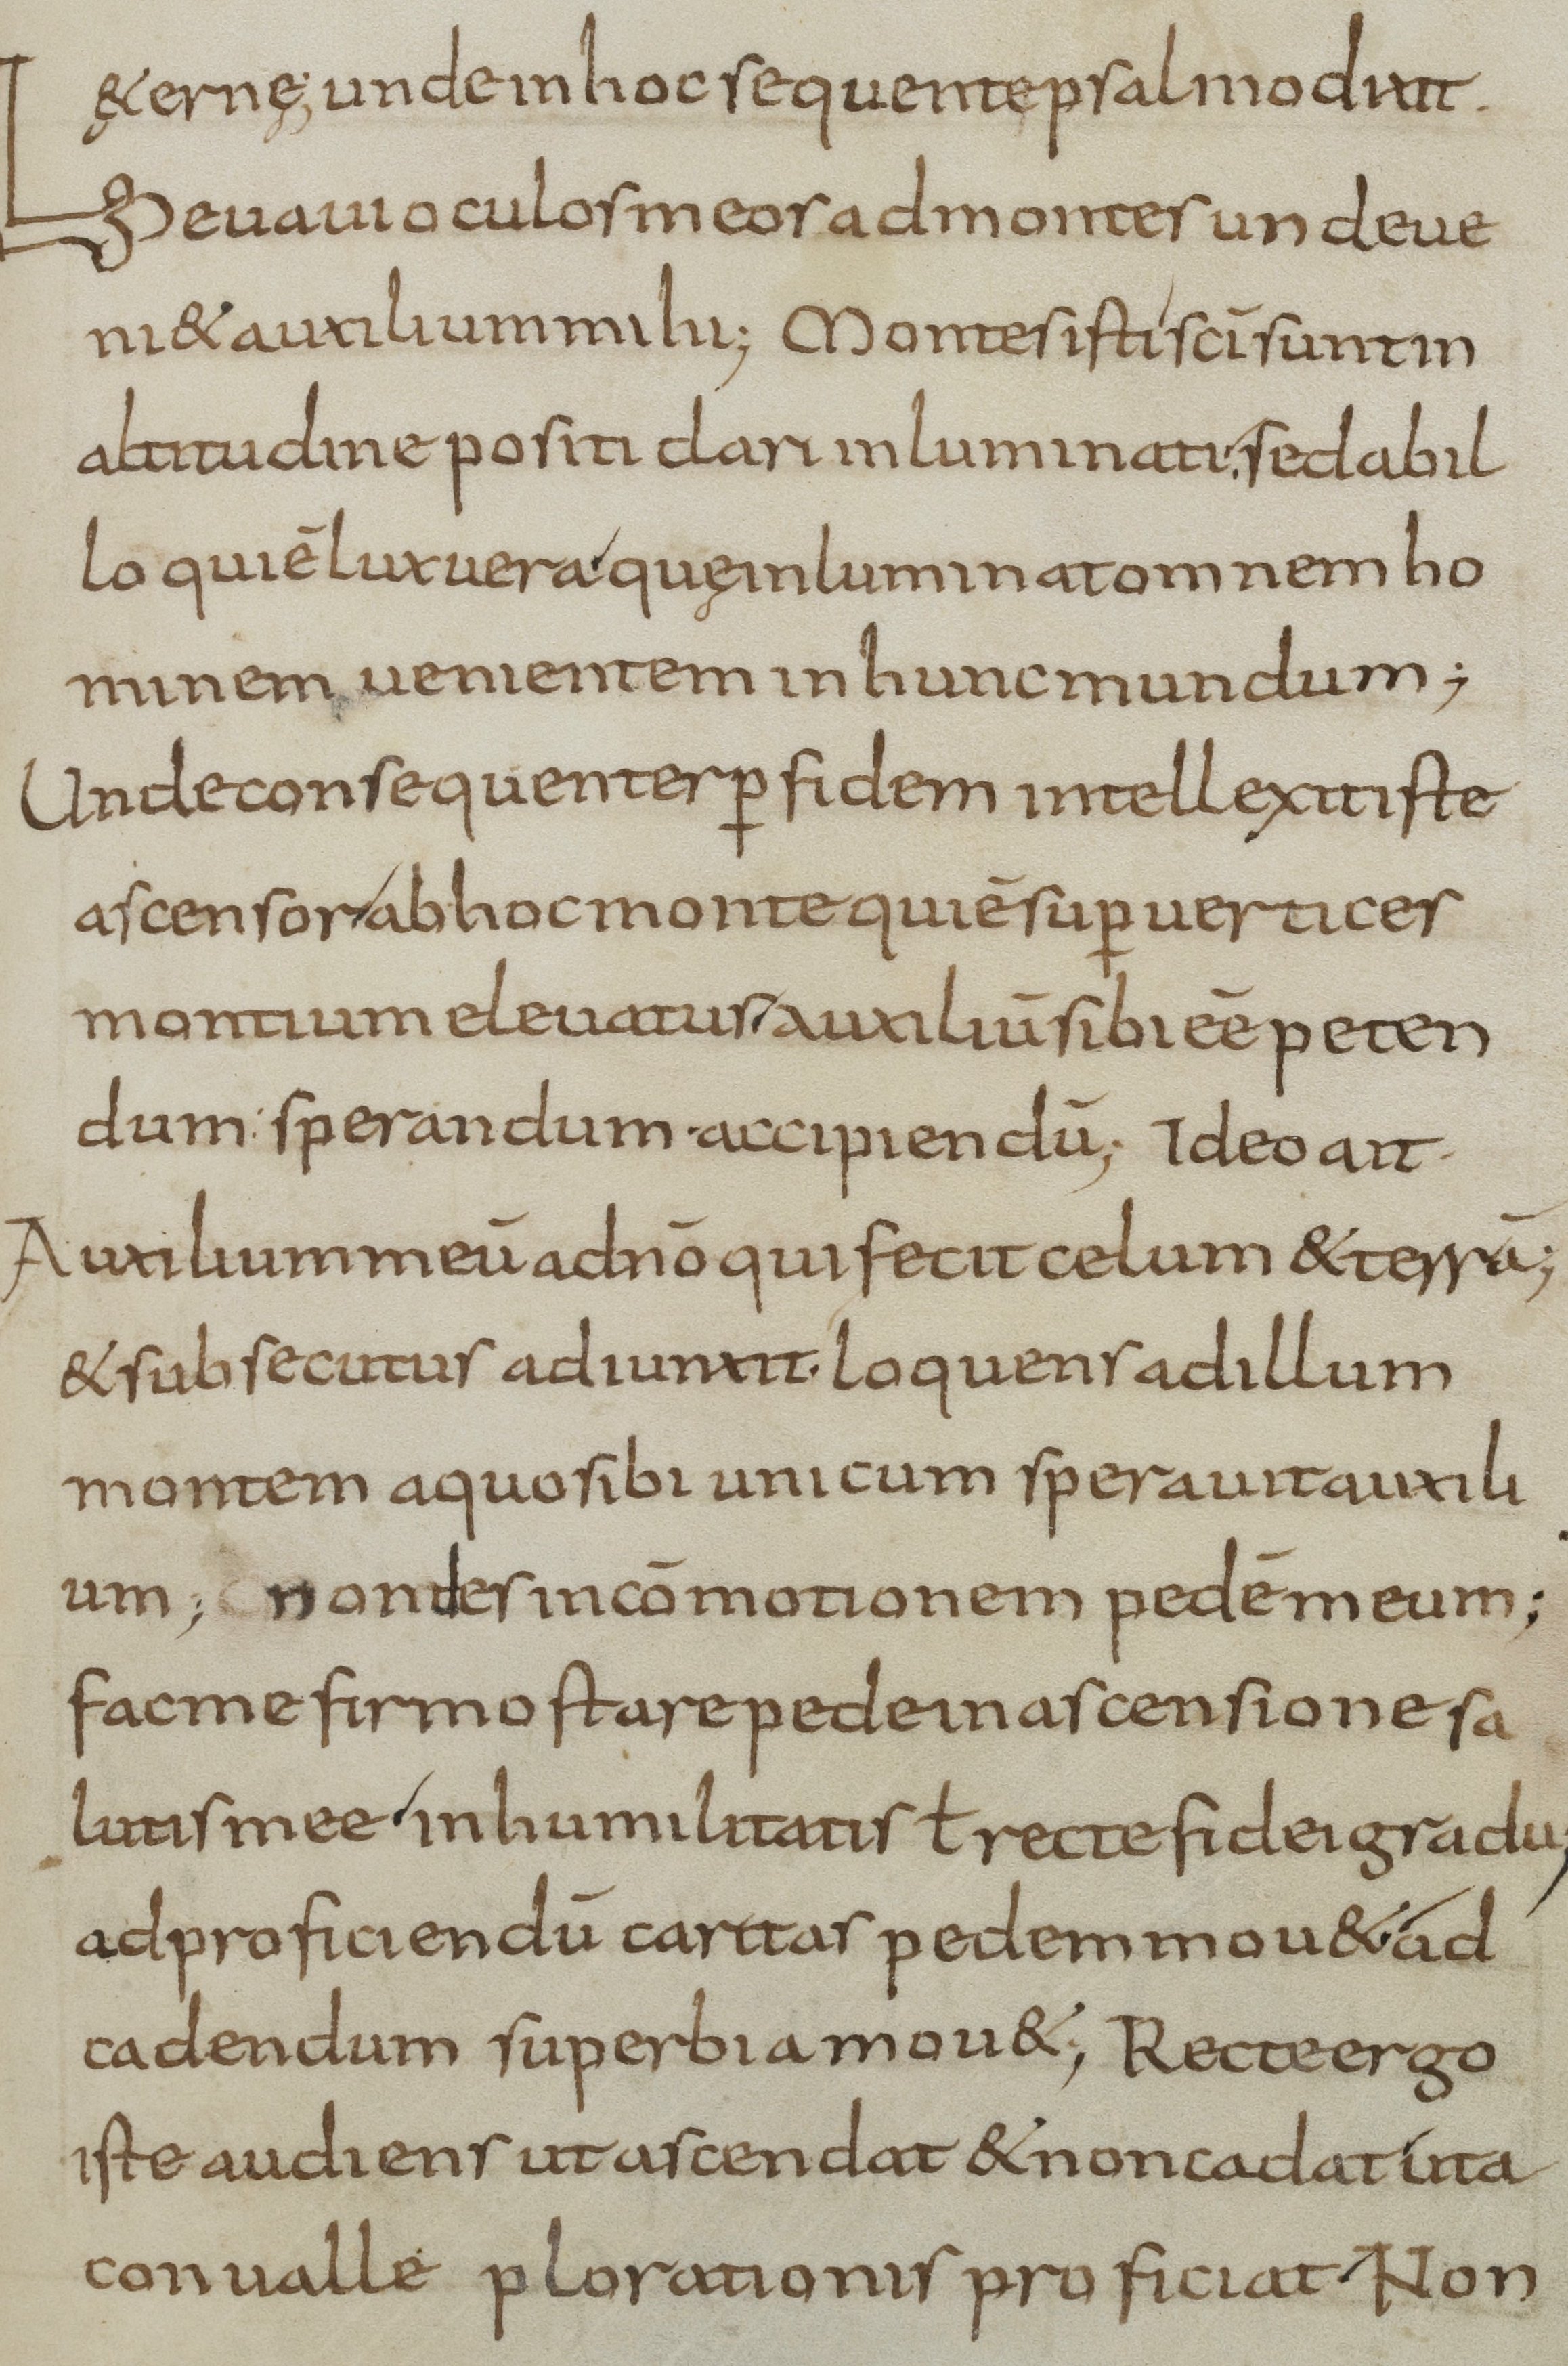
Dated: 900–999